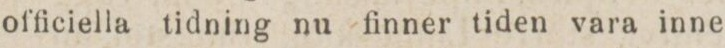
officiella tidning nu finner tiden vara inne